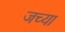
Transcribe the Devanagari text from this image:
जच्या